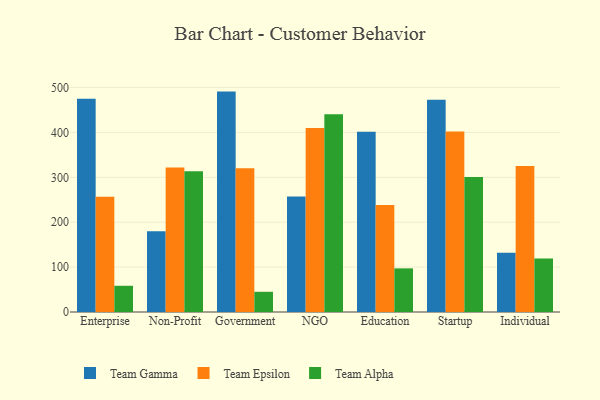
{"axis": {"x": "Segment", "y": "Satisfaction Score"}, "legend": ["Team Alpha", "Team Epsilon", "Team Gamma"], "data": [{"x": "Enterprise", "y": 474.8, "type": "Team Gamma"}, {"x": "Enterprise", "y": 256.8, "type": "Team Epsilon"}, {"x": "Enterprise", "y": 58.4, "type": "Team Alpha"}, {"x": "Non-Profit", "y": 180.1, "type": "Team Gamma"}, {"x": "Non-Profit", "y": 322.0, "type": "Team Epsilon"}, {"x": "Non-Profit", "y": 313.7, "type": "Team Alpha"}, {"x": "Government", "y": 490.9, "type": "Team Gamma"}, {"x": "Government", "y": 320.4, "type": "Team Epsilon"}, {"x": "Government", "y": 45.0, "type": "Team Alpha"}, {"x": "NGO", "y": 257.2, "type": "Team Gamma"}, {"x": "NGO", "y": 410.0, "type": "Team Epsilon"}, {"x": "NGO", "y": 440.4, "type": "Team Alpha"}, {"x": "Education", "y": 401.3, "type": "Team Gamma"}, {"x": "Education", "y": 238.5, "type": "Team Epsilon"}, {"x": "Education", "y": 97.2, "type": "Team Alpha"}, {"x": "Startup", "y": 472.7, "type": "Team Gamma"}, {"x": "Startup", "y": 401.8, "type": "Team Epsilon"}, {"x": "Startup", "y": 300.5, "type": "Team Alpha"}, {"x": "Individual", "y": 131.9, "type": "Team Gamma"}, {"x": "Individual", "y": 325.0, "type": "Team Epsilon"}, {"x": "Individual", "y": 119.2, "type": "Team Alpha"}]}